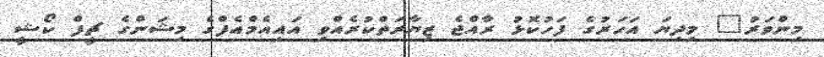
މިންވަރު" މިދިޔަ އަހަރުގެ ފަހުކޮޅު ރާއްޖެ ޒިޔާރަތްކުރެއްވި އައިއެމްއެފްގެ މިޝަންގެ ޗީފް ކޯޝީ